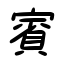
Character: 賓